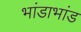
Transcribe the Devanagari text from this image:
भांडाभांड